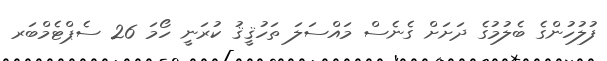
ފުލުހުންގެ ބެލުމުގެ ދަށަށް ގެނެސް މައްސަލަ ތަހުޤީޤު ކުރަނީ ހޯމަ 26 ސެޕްޓެމްބަރ